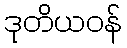
ဒုတိယဝန်